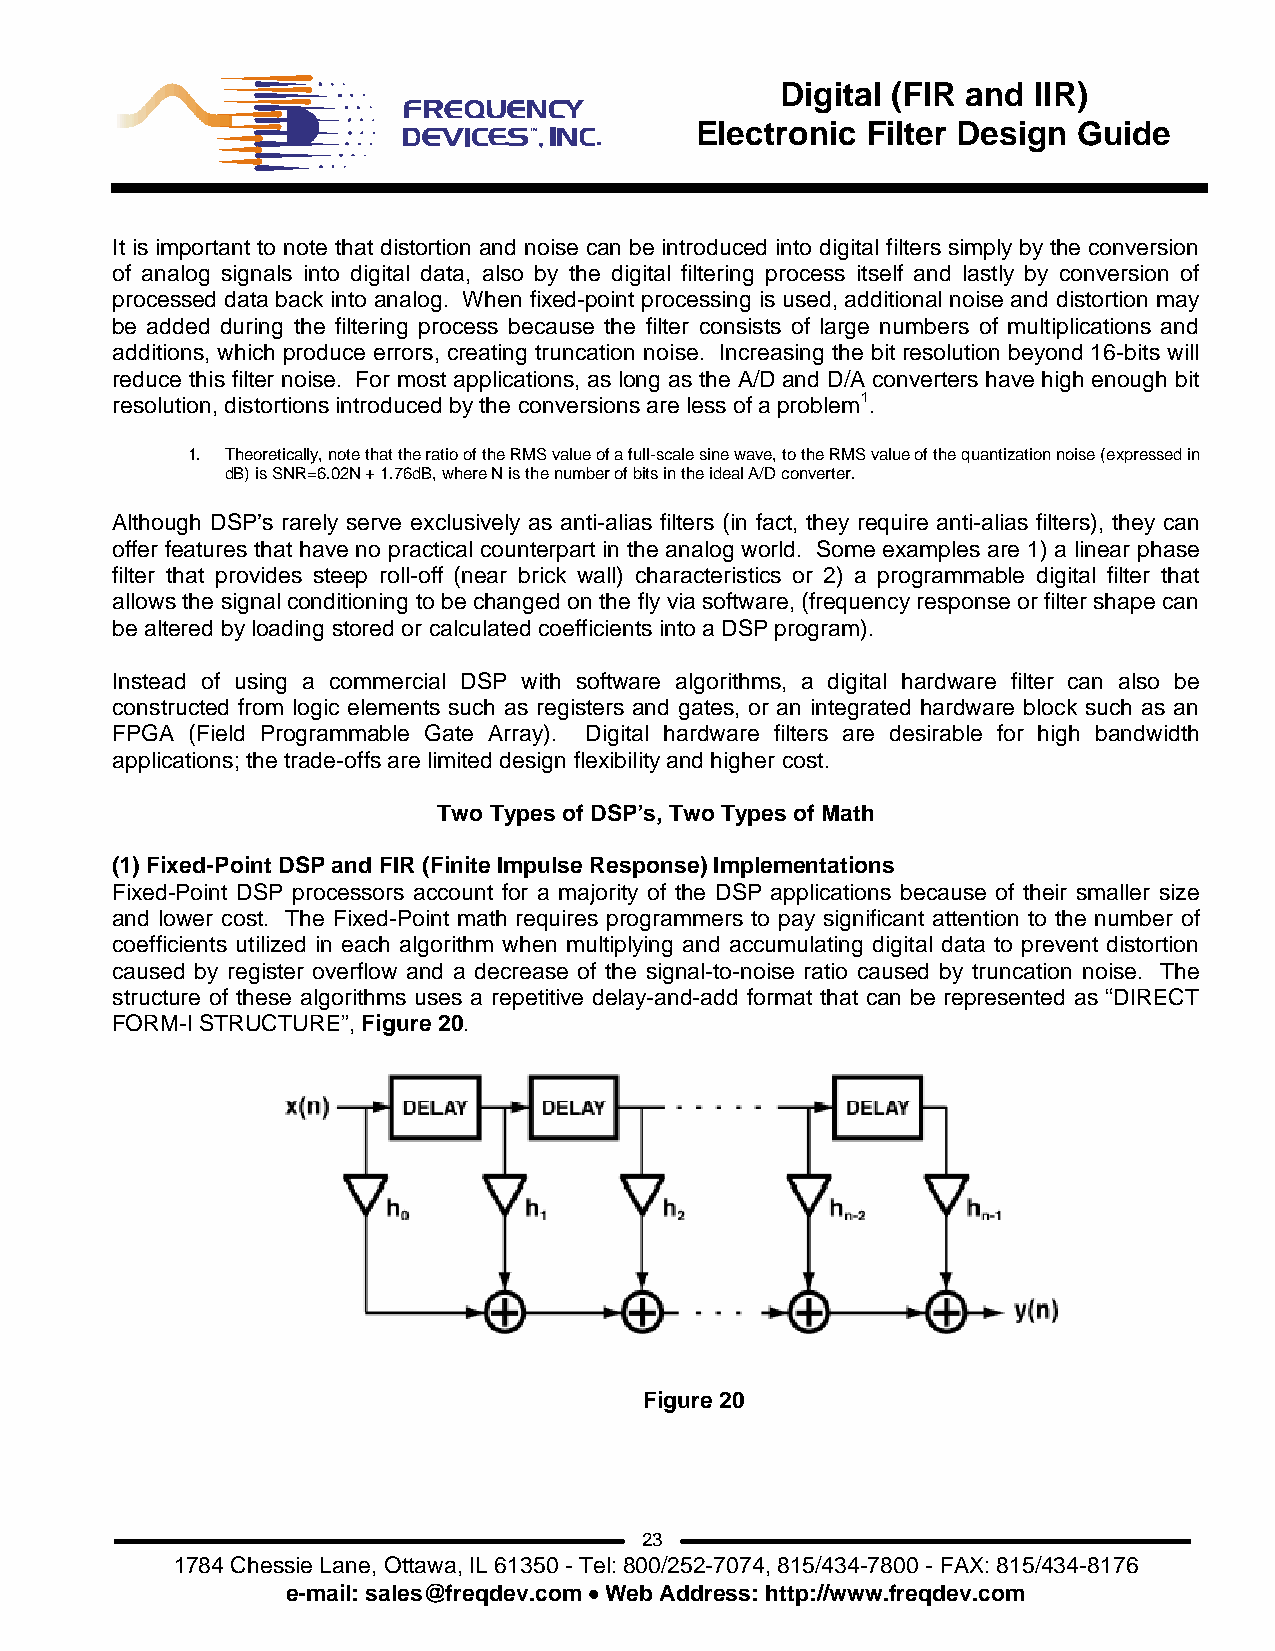
Digital (FIR and IIR)
 Electronic Filter Design Guide
 It is important to note that distortion and noise can be introduced into digital filters simply by the conversion
 of analog signals into digital data, also by the digital filtering process itself and lastly by conversion of
 processed data back into analog. When fixed-point processing is used, additional noise and distortion may
 be added during the filtering process because the filter consists of large numbers of multiplications and
 additions, which produce errors, creating truncation noise. Increasing the bit resolution beyond 16-bits will
 reduce this filter noise. For most applications, as long as the A/D and D/A converters have high enough bit
 resolution, distortions introduced by the conversions are less of a problem1.
 1. Theoretically, note that the ratio of the RMS value of a full-scale sine wave, to the RMS value of the quantization noise (expressed in
 dB) is SNR=6.02N + 1.76dB, where N is the number of bits in the ideal A/D converter.
 Although DSP’s rarely serve exclusively as anti-alias filters (in fact, they require anti-alias filters), they can
 offer features that have no practical counterpart in the analog world. Some examples are 1) a linear phase
 filter that provides steep roll-off (near brick wall) characteristics or 2) a programmable digital filter that
 allows the signal conditioning to be changed on the fly via software, (frequency response or filter shape can
 be altered by loading stored or calculated coefficients into a DSP program).
 Instead of using a commercial DSP with software algorithms, a digital hardware filter can also be
 constructed from logic elements such as registers and gates, or an integrated hardware block such as an
 FPGA  (Field Programmable Gate Array). Digital hardware filters are desirable for high bandwidth
 applications; the trade-offs are limited design flexibility and higher cost.
 Two Types of DSP’s, Two Types of Math
 (1) Fixed-Point DSP and FIR (Finite Impulse Response) Implementations
 Fixed-Point DSP processors account for a majority of the DSP applications because of their smaller size
 and lower cost. The Fixed-Point math requires programmers to pay significant attention to the number of
 coefficients utilized in each algorithm when multiplying and accumulating digital data to prevent distortion
 caused by register overflow and a decrease of the signal-to-noise ratio caused by truncation noise. The
 structure of these algorithms uses a repetitive delay-and-add format that can be represented as “DIRECT
 FORM-I STRUCTURE”, Figure 20.
 Figure 20
 23
 1784 Chessie Lane, Ottawa, IL 61350 - Tel: 800/252-7074, 815/434-7800 - FAX: 815/434-8176
 e-mail: sales@freqdev.com • Web Address: http://www.freqdev.com